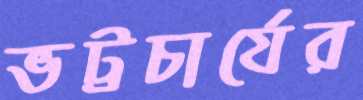
ভট্টচার্যের